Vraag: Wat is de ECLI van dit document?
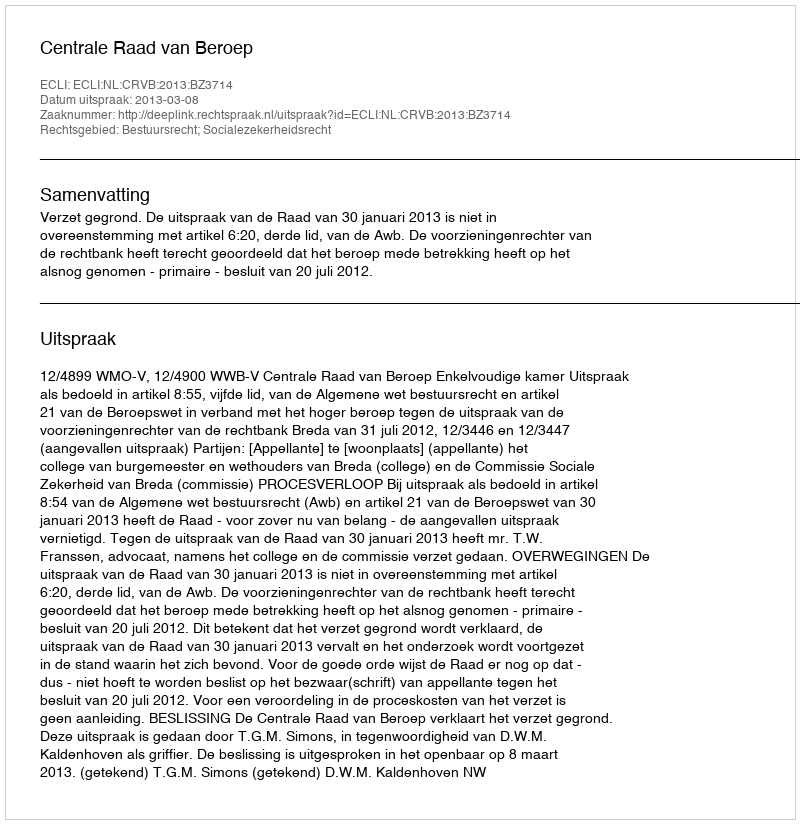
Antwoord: ECLI:NL:CRVB:2013:BZ3714